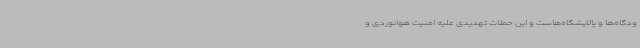
ودگاه‌ها و پالایشگاه‌هاست و این حملات تهدیدی علیه امنیت هوانوردی و